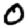
Digit: 0